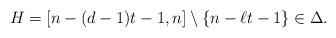
LaTeX: \begin{align*}H=[n-(d-1)t-1,n]\setminus\{n-\ell t-1\}\in \Delta.\end{align*}